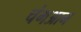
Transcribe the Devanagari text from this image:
चंगआन